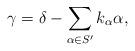
LaTeX: \begin{align*}\gamma=\delta-\sum_{\alpha\in S^{\prime}}k_{\alpha}\alpha,\end{align*}